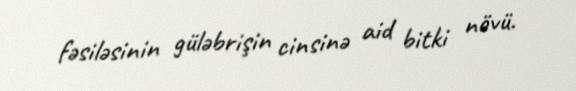
fəsiləsinin güləbrişin cinsinə aid bitki növü.